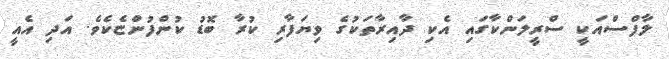
ލާފްސްއަކީ ސްރީލަންކާގައި އެކި ދާއިރާތަކުގެ ވިޔަފާރި ކުރާ ބޮޑު ކުންފުންޏެކެވެ. އަދި އެއީ